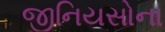
જીનિયસોના